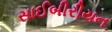
સાઈબીરીયન